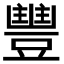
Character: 𮙘